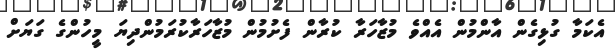
އެކަމާ ގުޅިގެން އާންމުން އެއްވެ މުޒާހަރާ ކުރާން ފެށުމުން މުޒާހަރާކުރަމުންދިޔަ މީހުންގެ ގަޔަށް